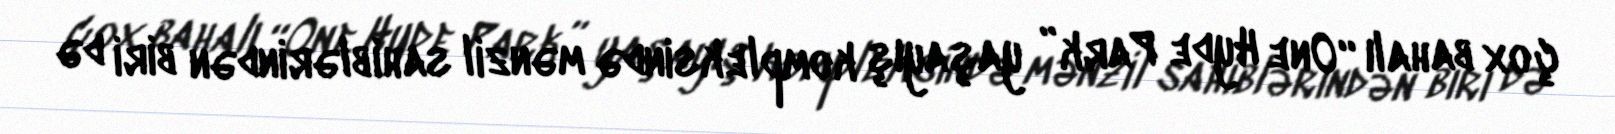
çox bahalı “One Hyde Park” yaşayış kompleksində mənzil sahiblərindən biri də